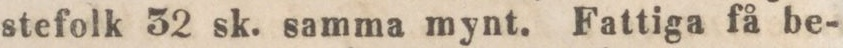
stefolk 32 sk. samma mynt. Fattiga få be-